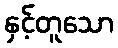
နှင့်တူသော